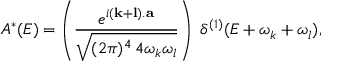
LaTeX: { \cal A } ^ { * } ( { \cal E } ) = \left( \frac { e ^ { i ( { \bf k } + { \bf l } ) . { \bf a } } } { \sqrt { ( 2 \pi ) ^ { 4 } \, 4 \omega _ { k } \omega _ { l } } } \right) \; \delta ^ { ( 1 ) } ( { \cal E } + \omega _ { k } + \omega _ { l } ) ,